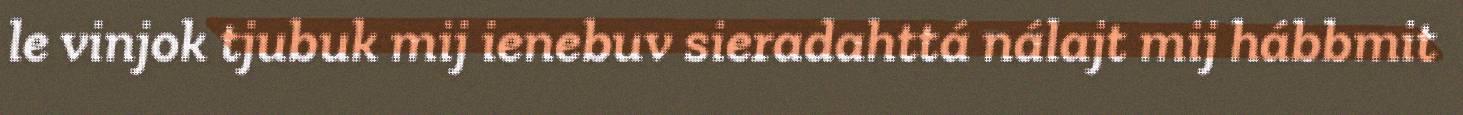
le vinjok tjubuk mij ienebuv sieradahttá nálajt mij hábbmit